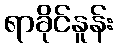
ရာခိုင်နူန်း